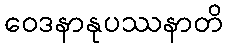
ဝေဒနာနုပဿနာတိ